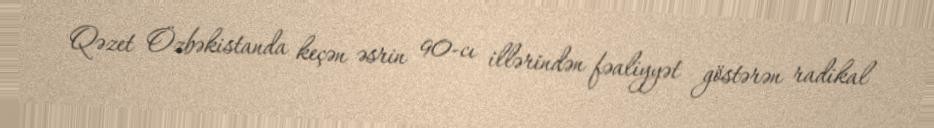
Qəzet Özbəkistanda keçən əsrin 90-cı illərindən fəaliyyət göstərən radikal